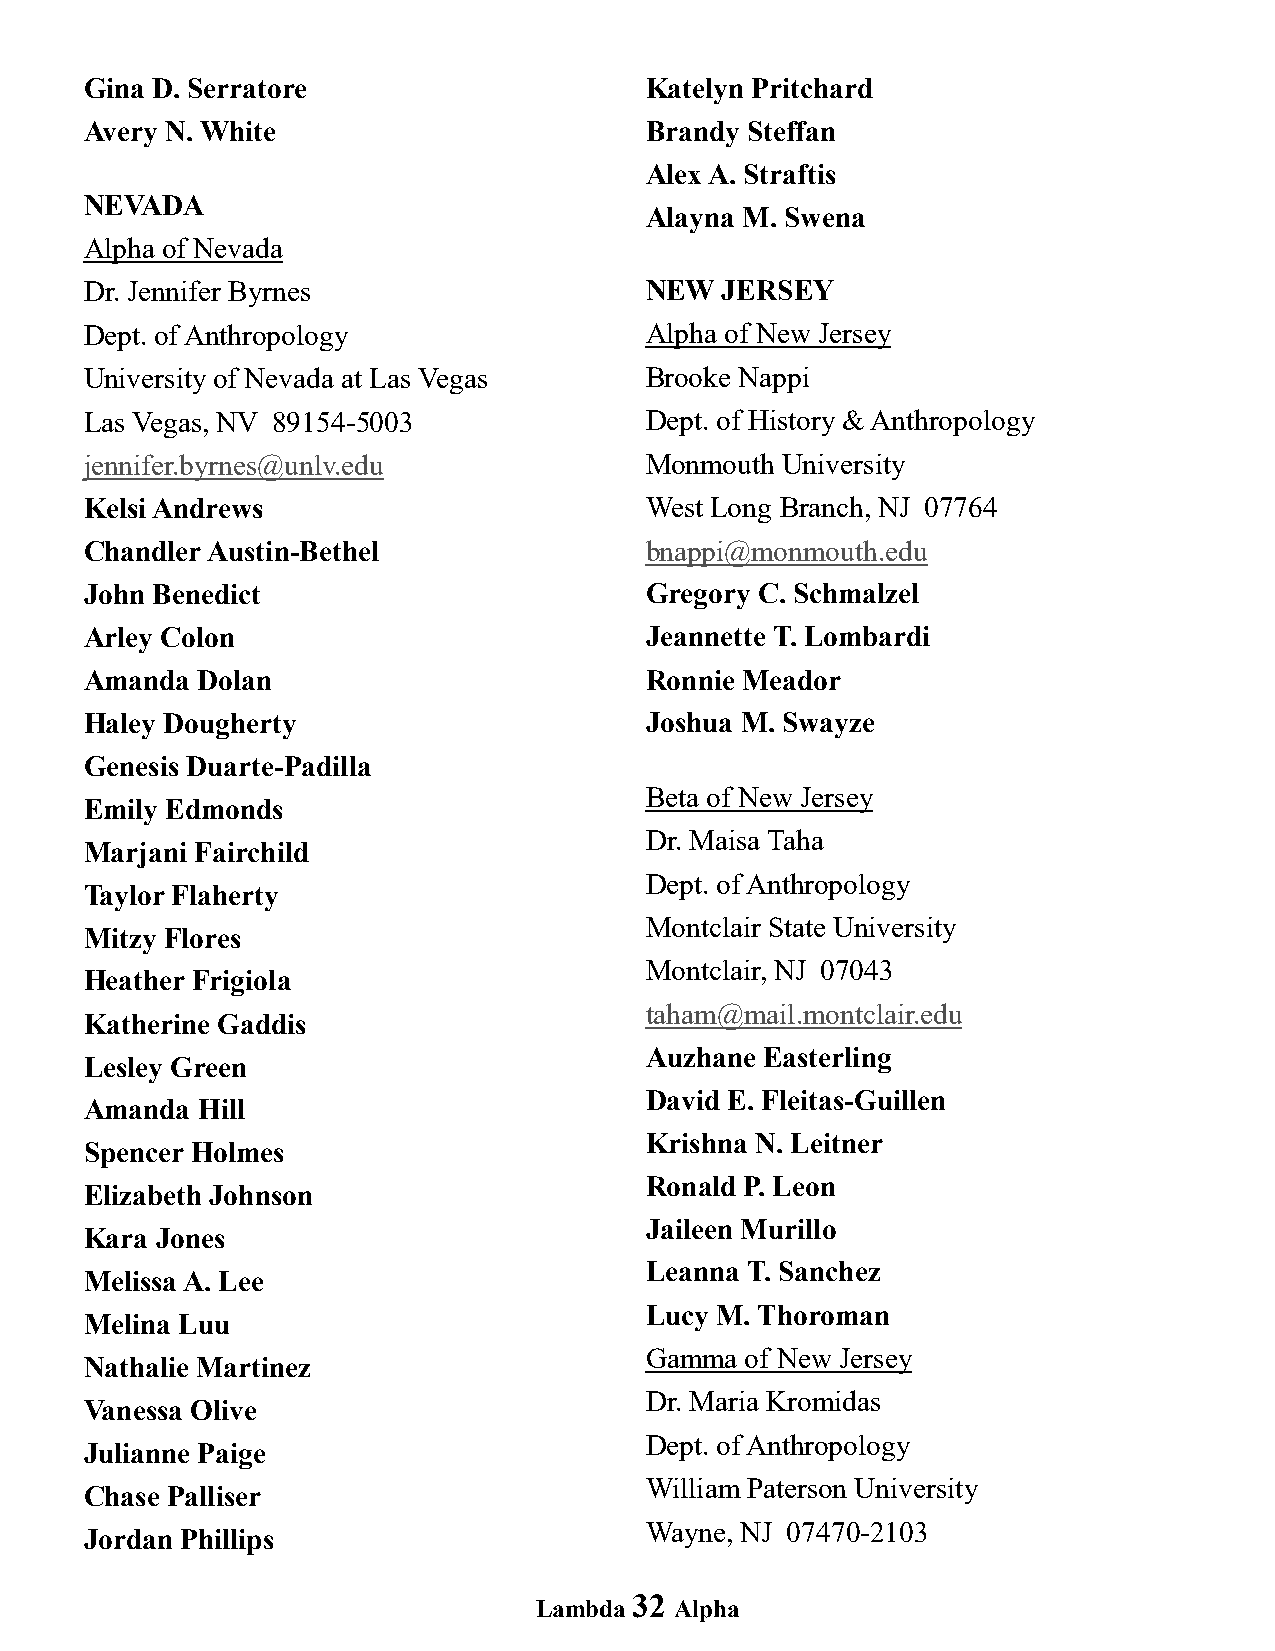
Gina D. Serratore                    Katelyn Pritchard
 Avery N. White                       Brandy Steffan
 Alex A. Straftis
 NEVADA
 Alayna M. Swena
 Alpha of Nevada
 Dr. Jennifer Byrnes                  NEW  JERSEY
 Dept. of Anthropology                Alpha of New Jersey
 University of Nevada at Las Vegas    Brooke Nappi
 Las Vegas, NV 89154-5003             Dept. of History & Anthropology
 jennifer.byrnes@unlv.edu             Monmouth University
 Kelsi Andrews                        West Long Branch, NJ 07764
 Chandler Austin-Bethel               bnappi@monmouth.edu
 John Benedict                        Gregory C. Schmalzel
 Arley Colon                          Jeannette T. Lombardi
 Amanda Dolan                         Ronnie Meador
 Haley Dougherty                      Joshua M. Swayze
 Genesis Duarte-Padilla
 Beta of New Jersey
 Emily Edmonds
 Dr. Maisa Taha
 Marjani Fairchild
 Dept. of Anthropology
 Taylor Flaherty
 Montclair State University
 Mitzy Flores
 Montclair, NJ 07043
 Heather Frigiola
 taham@mail.montclair.edu
 Katherine Gaddis
 Auzhane Easterling
 Lesley Green
 David E. Fleitas-Guillen
 Amanda Hill
 Krishna N. Leitner
 Spencer Holmes
 Ronald P. Leon
 Elizabeth Johnson
 Jaileen Murillo
 Kara Jones
 Leanna T. Sanchez
 Melissa A. Lee
 Lucy M. Thoroman
 Melina Luu
 Gamma of New Jersey
 Nathalie Martinez
 Dr. Maria Kromidas
 Vanessa Olive
 Dept. of Anthropology
 Julianne Paige
 William Paterson University
 Chase Palliser
 Wayne, NJ 07470-2103
 Jordan Phillips
 32
 Lambda    Alpha